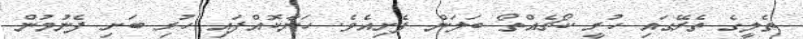
ތެލީގެ ތެރޭގައި ހުރީ ކޯޗެއްތޯ ބަލަން ފެށިއެވެ. ހަނާކޮއްފައި ހުރި ބަށި ފެނުމުން